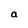
Character: a